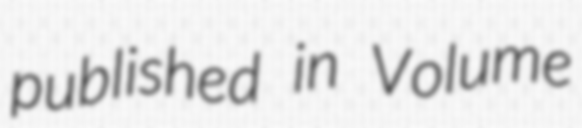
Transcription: published in Volume